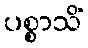
ပစ္စာသိံ